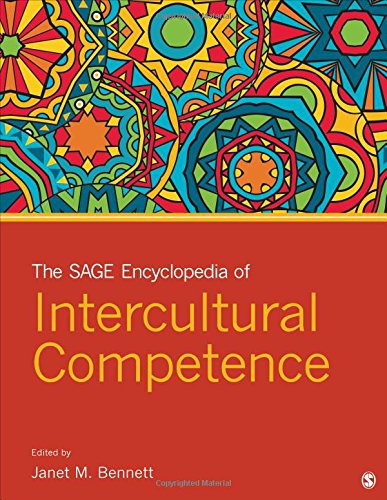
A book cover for The SAGE Encyclopedia of Intercultural Competence; Politics & Social Sciences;